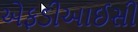
એફડીઆઈસી